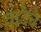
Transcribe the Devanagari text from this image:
वाटेचे